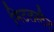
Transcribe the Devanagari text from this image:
मिटलस्टैट